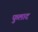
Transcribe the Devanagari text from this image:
फुलाद